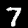
Digit: 7